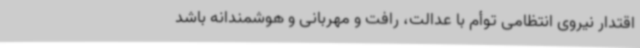
اقتدار نیروی انتظامی توأم با عدالت، رافت و مهربانی و هوشمندانه باشد